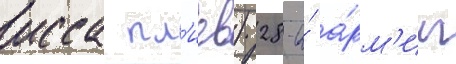
исса пл'иев) 28-и́ а́рм'ии